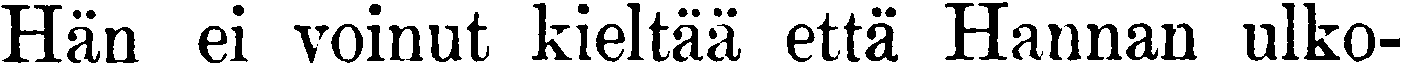
Hän ei voinut kieltää että Hannan ulko-